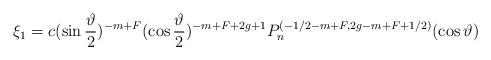
LaTeX: \begin{align*}\xi _1=c(\sin \frac \vartheta 2)^{-m+F}(\cos \frac \vartheta2)^{-m+F+2g+1}P_n^{(-1/2-m+F,2g-m+F+1/2)}(\cos \vartheta )\end{align*}